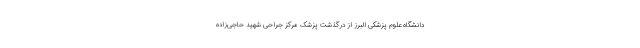
دانشگاه علوم پزشکی البرز از درگذشت پزشک مرکز جراحی شهید حاجی‌زاده